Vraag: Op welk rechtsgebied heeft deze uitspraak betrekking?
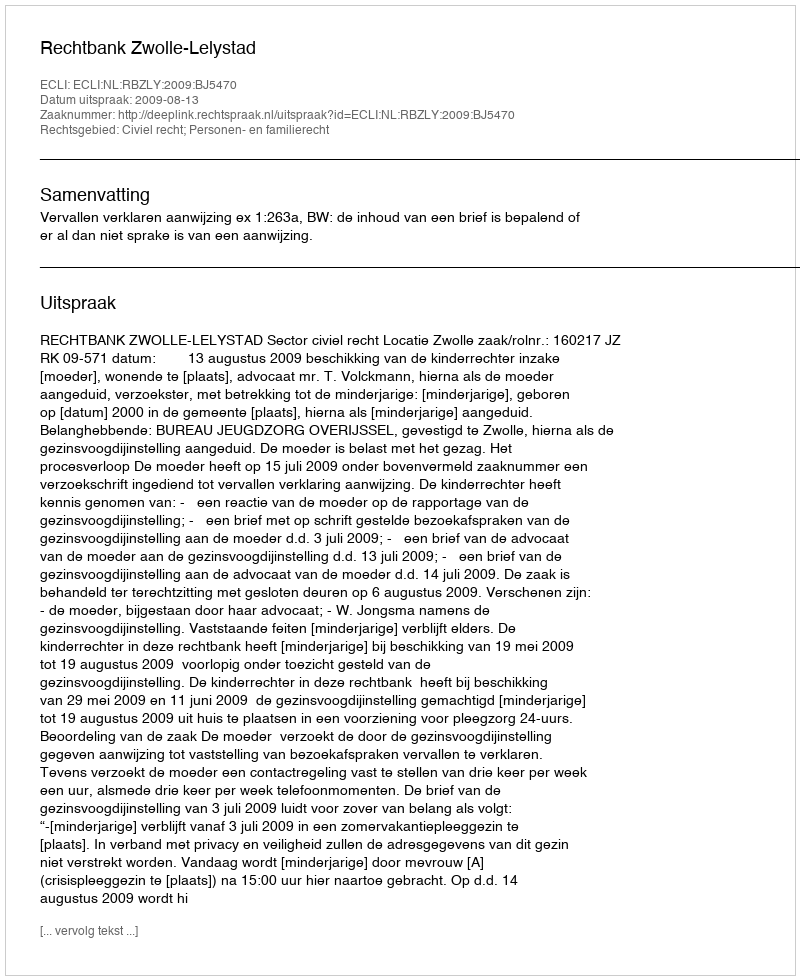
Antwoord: Civiel recht; Personen- en familierecht